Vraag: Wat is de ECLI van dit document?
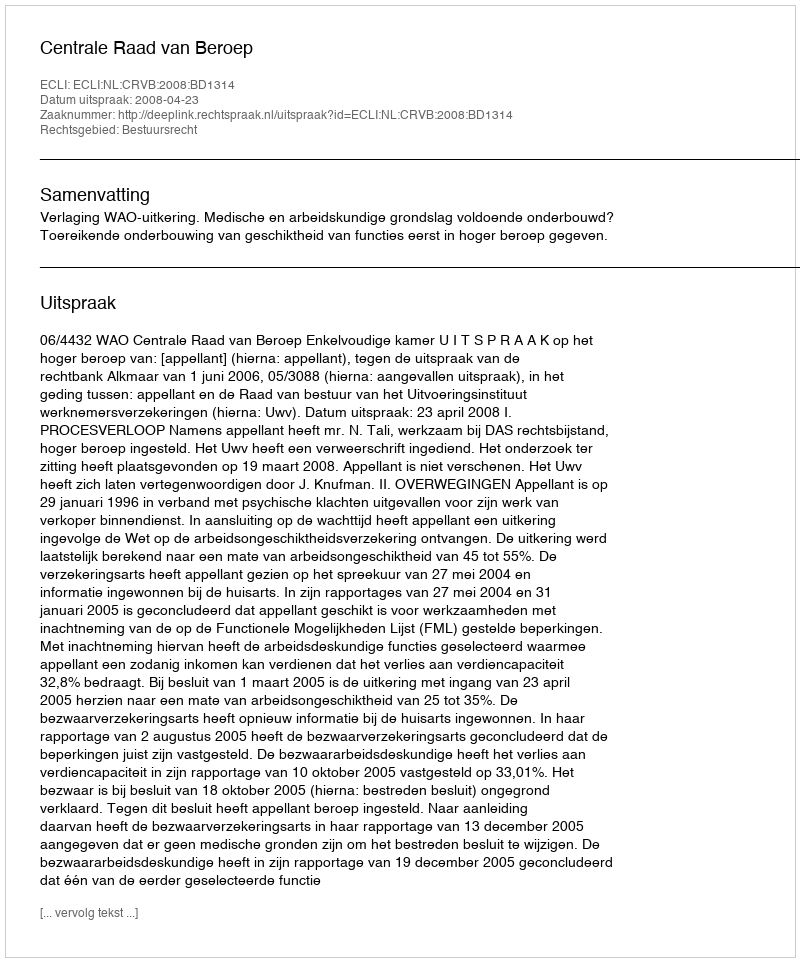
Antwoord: ECLI:NL:CRVB:2008:BD1314